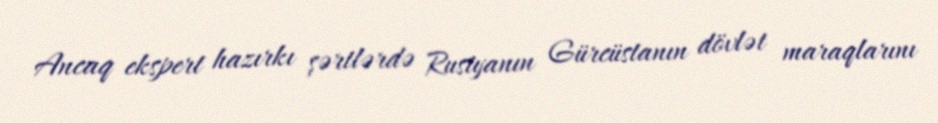
Ancaq ekspert hazırkı şərtlərdə Rusiyanın Gürcüstanın dövlət maraqlarını